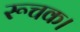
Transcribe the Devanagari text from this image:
रूचक।